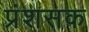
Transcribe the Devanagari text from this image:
प्रंशसक